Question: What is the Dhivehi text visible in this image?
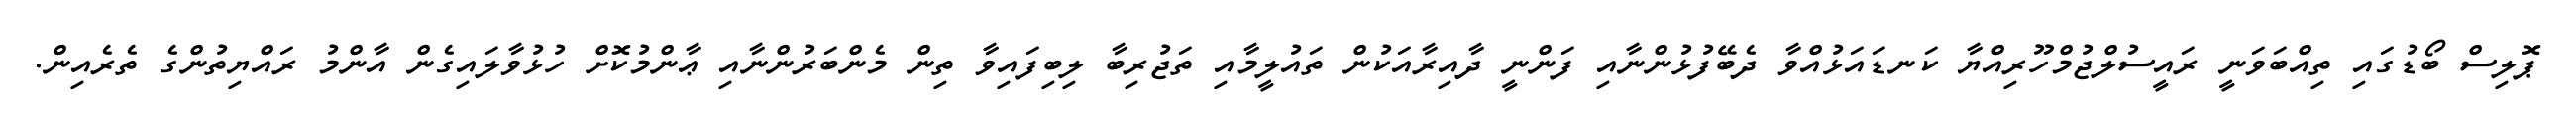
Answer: ޕޮލިސް ބޯޑުގައި ތިއްބަވަނީ ރައީސުލްޖުމްހޫރިއްޔާ ކަނޑައަޅުއްވާ ދެބޭފުޅުންނާއި ފަންނީ ދާއިރާއަކުން ތައުލީމާއި ތަޖުރިބާ ލިބިފައިވާ ތިން މެންބަރުންނާއި ޢާންމުކޮށް ހުޅުވާލައިގެން އާންމު ރައްޔިތުންގެ ތެރެއިން.